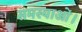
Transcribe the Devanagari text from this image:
समस्याओं।